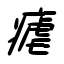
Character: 瘧